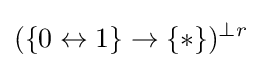
(\{0\leftrightarrow 1\}\to \{*\})^{\perp r}